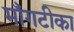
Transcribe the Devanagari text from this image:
माँगटीका